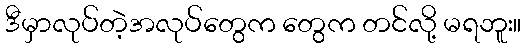
ဒီမှာလုပ်တဲ့အလုပ်တွေက တွေက တင်လို့ မရဘူး။